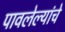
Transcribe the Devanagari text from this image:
पावलेल्यांचे